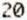
20